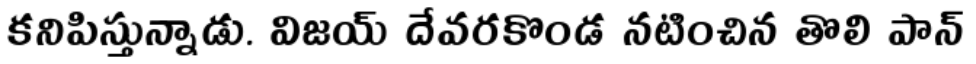
కనిపిస్తున్నాడు. విజయ్ దేవరకొండ నటించిన తొలి పాన్